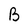
Character: B